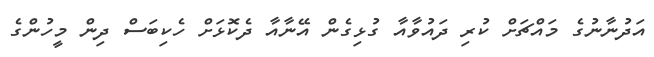
އަދުނާނުގެ މައްޗަށް ކުރި ދައުވާއާ ގުޅިގެން އޭނާއާ ދެކޮޅަށް ހެކިބަސް ދިން މީހުންގެ